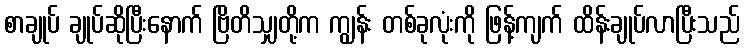
စာချုပ် ချုပ်ဆိုပြီးနောက် ဗြိတိသျှတို့က ကျွန်း တစ်ခုလုံးကို ဖြန့်ကျက် ထိန်းချုပ်လာပြီးသည်